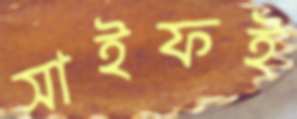
সাইফই